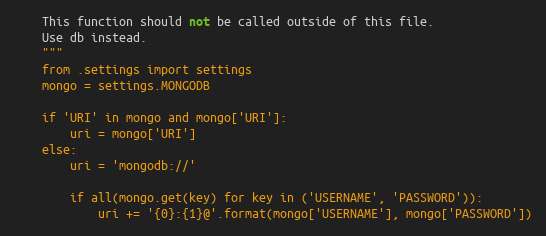
Language: Python
    This function should not be called outside of this file.
    Use db instead.
    """
    from .settings import settings
    mongo = settings.MONGODB

    if 'URI' in mongo and mongo['URI']:
        uri = mongo['URI']
    else:
        uri = 'mongodb://'

        if all(mongo.get(key) for key in ('USERNAME', 'PASSWORD')):
            uri += '{0}:{1}@'.format(mongo['USERNAME'], mongo['PASSWORD'])